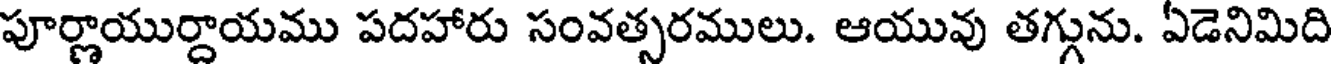
పూర్ణాయుర్దాయము పదహారు సంవత్సరములు. ఆయువు తగ్గును. ఏడెనిమిది